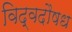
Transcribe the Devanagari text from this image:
विद्वदौषध